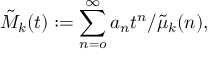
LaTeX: \tilde { M } _ { k } ( t ) : = \sum _ { n = o } ^ { \infty } a _ { n } t ^ { n } / \tilde { \mu } _ { k } ( n ) ,